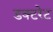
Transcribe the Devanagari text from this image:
डक्टरेट